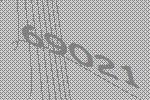
69021